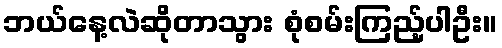
ဘယ်နေ့လဲဆိုတာသွား စုံစမ်းကြည့်ပါဦး။